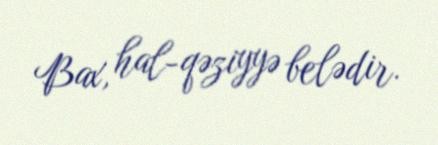
Bax, hal-qəziyyə belədir.